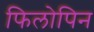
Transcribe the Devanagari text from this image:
फिलोपिन